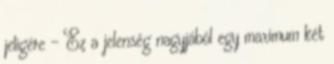
jeligére - Ez a jelenség nagyjából egy maximum két